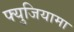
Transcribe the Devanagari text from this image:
फ्युजियामा